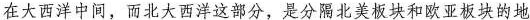
在大西洋中间，而北大西洋这部分，是分隔北美板块和欧亚板块的地